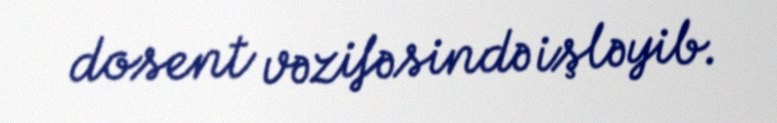
dosent vəzifəsində işləyib.